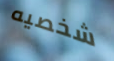
شخصيه